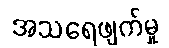
အသရေဖျက်မှု